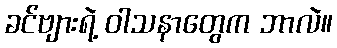
ခင်ဗျားရဲ့ ဝါသနာတွေက ဘာလဲ။